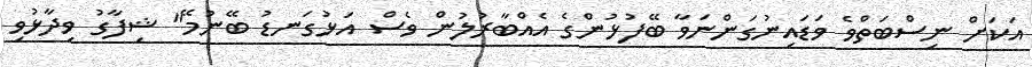
އަކަށް ނިސްބަތްވެ ވަޑައިނުގަންނަވާ ބޭފުޅުންގެ އެއްބާރުލުން ވެސް އަޅުގަނޑު ބޭނުމޭ" ޝިފާގު ވިދާޅުވި